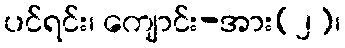
ပင်ရင်း၊ ကျောင်း-အား(၂)၊